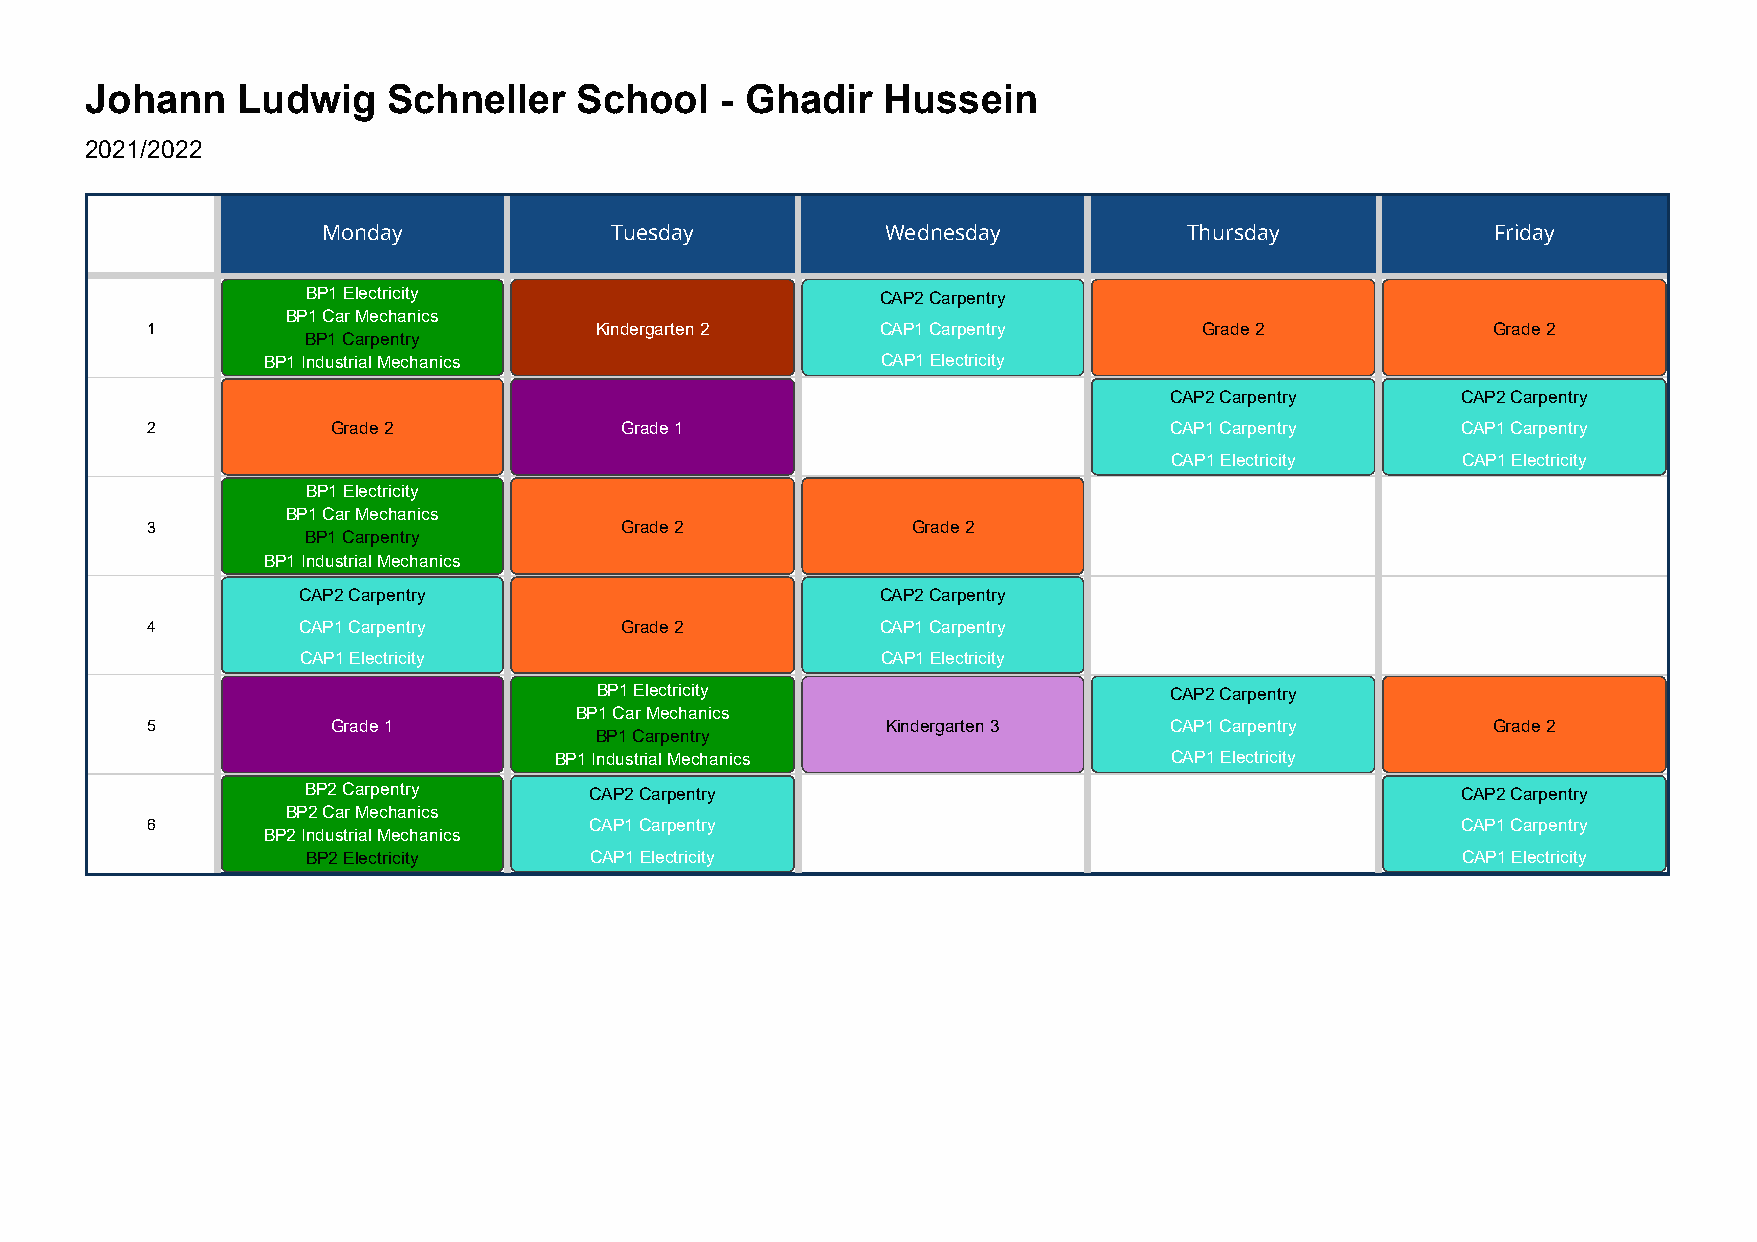
Johann    Ludwig    Schneller   School    - Ghadir  Hussein
 2021/2022
 Monday             Tuesday            Wednesday           Thursday            Friday
 BP1 Electricity                       CAP2 Carpentry
 BP1 Car Mechanics
 1                            Kindergarten 2     CAP1 Carpentry        Grade 2            Grade 2
 BP1 Carpentry
 BP1 Industrial Mechanics                 CAP1 Electricity
 CAP2 Carpentry      CAP2 Carpentry
 2           Grade 2            Grade 1                             CAP1 Carpentry      CAP1 Carpentry
 CAP1 Electricity    CAP1 Electricity
 BP1 Electricity
 BP1 Car Mechanics
 3                              Grade 2            Grade 2
 BP1 Carpentry
 BP1 Industrial Mechanics
 CAP2 Carpentry                        CAP2 Carpentry
 4         CAP1 Carpentry       Grade 2          CAP1 Carpentry
 CAP1 Electricity                      CAP1 Electricity
 BP1 Electricity                       CAP2 Carpentry
 BP1 Car Mechanics
 5           Grade 1                              Kindergarten 3    CAP1 Carpentry        Grade 2
 BP1 Carpentry
 BP1 Industrial Mechanics                CAP1 Electricity
 BP2 Carpentry      CAP2 Carpentry                                            CAP2 Carpentry
 BP2 Car Mechanics
 6                            CAP1 Carpentry                                            CAP1 Carpentry
 BP2 Industrial Mechanics
 BP2 Electricity    CAP1 Electricity                                          CAP1 Electricity